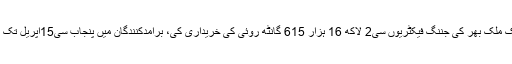
18 اپریل2018ء) پاکستان کاٹن جنرز ایسوسی ایشن(پی سی جی ای)کے مطابق برآمدکنندگان نی15اپریل تک ملک بھر کی جننگ فیکٹریوں سی2 لاکھ 16 ہزار 615 گانٹھ روئی کی خریداری کی، برآمدکنندگان میں پنجاب سی15اپریل تک 25ہزار850گانٹھ جبکہ صوبہ سندھ سے 15اپریل تک 1لاکھ 90 ہزار 765 گانٹھ روئی کی خریداری کی۔